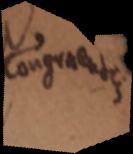
congruentes